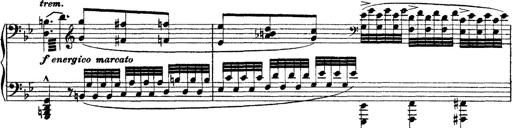
Title: Grandes Ã©tudes de Paganini
Composer: Franz Liszt